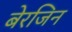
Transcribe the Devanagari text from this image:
बेरजिन